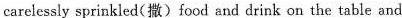
carelessly sprinkled(撒) food and drink on the table and